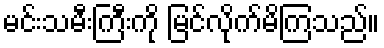
မင်းသမီးကြီးကို မြင်လိုက်မိကြသည်။